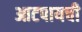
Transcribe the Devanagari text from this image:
आटपायची